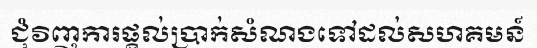
ជុំវិញការផ្តល់ប្រាក់សំណងទៅដល់សហគមន៍